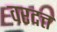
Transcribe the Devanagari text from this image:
वरदत्त